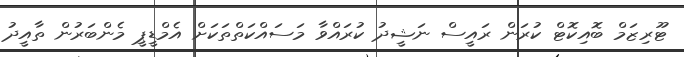
ޓޫރިޒަމް ބޮއިކޮޓް ކުރަން ރައީސް ނަޝީދު ކުރައްވާ މަސައްކަތްތަކަށް އެމްޑީޕީ މެންބަރުން ތާއީދު